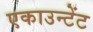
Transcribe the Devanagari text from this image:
एकाउन्टेंट